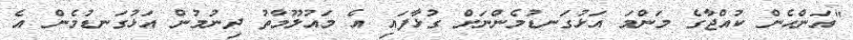
"އަންހެން ކުއްޖާގެ މަންމަ އަޅުގަނޑުމެންނަށް ގުޅާފައި އެ މައުލޫމާތު ދިނުމުން އަޅުގަނޑުމެން އެ